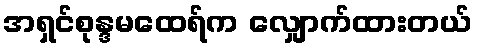
အရှင်စုန္ဒမထေရ်က လျှောက်ထားတယ်